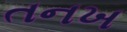
તનખ